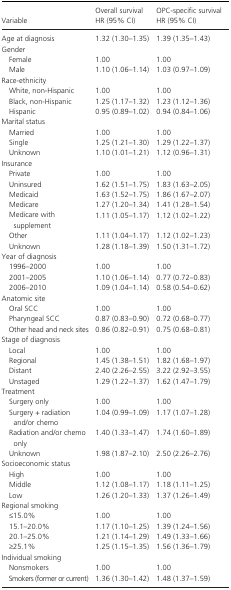
<table><thead><tr><td><b>Variable</b></td><td><b>Overall survivalHR (95% CI)</b></td><td><b>OPC-specific survivalHR (95% CI)</b></td></tr></thead><tbody><tr><td>Age at diagnosis</td><td>1.32 (1.30–1.35)</td><td>1.39 (1.35–1.43)</td></tr><tr><td colspan="3">Gender</td></tr><tr><td> Female</td><td>1.00</td><td>1.00</td></tr><tr><td> Male</td><td>1.10 (1.06–1.14)</td><td>1.03 (0.97–1.09)</td></tr><tr><td colspan="3">Race-ethnicity</td></tr><tr><td> White, non-Hispanic</td><td>1.00</td><td>1.00</td></tr><tr><td> Black, non-Hispanic</td><td>1.25 (1.17–1.32)</td><td>1.23 (1.12–1.36)</td></tr><tr><td> Hispanic</td><td>0.95 (0.89–1.02)</td><td>0.94 (0.84–1.06)</td></tr><tr><td colspan="3">Marital status</td></tr><tr><td> Married</td><td>1.00</td><td>1.00</td></tr><tr><td> Single</td><td>1.25 (1.21–1.30)</td><td>1.29 (1.22–1.37)</td></tr><tr><td> Unknown</td><td>1.10 (1.01–1.21)</td><td>1.12 (0.96–1.31)</td></tr><tr><td colspan="3">Insurance</td></tr><tr><td> Private</td><td>1.00</td><td>1.00</td></tr><tr><td> Uninsured</td><td>1.62 (1.51–1.75)</td><td>1.83 (1.63–2.05)</td></tr><tr><td> Medicaid</td><td>1.63 (1.52–1.75)</td><td>1.86 (1.67–2.07)</td></tr><tr><td> Medicare</td><td>1.27 (1.20–1.34)</td><td>1.41 (1.28–1.54)</td></tr><tr><td> Medicare with supplement</td><td>1.11 (1.05–1.17)</td><td>1.12 (1.02–1.22)</td></tr><tr><td> Other</td><td>1.11 (1.04–1.17)</td><td>1.12 (1.02–1.23)</td></tr><tr><td> Unknown</td><td>1.28 (1.18–1.39)</td><td>1.50 (1.31–1.72)</td></tr><tr><td colspan="3">Year of diagnosis</td></tr><tr><td> 1996–2000</td><td>1.00</td><td>1.00</td></tr><tr><td> 2001–2005</td><td>1.10 (1.06–1.14)</td><td>0.77 (0.72–0.83)</td></tr><tr><td> 2006–2010</td><td>1.09 (1.04–1.14)</td><td>0.58 (0.54–0.62)</td></tr><tr><td colspan="3">Anatomic site</td></tr><tr><td> Oral SCC</td><td>1.00</td><td>1.00</td></tr><tr><td> Pharyngeal SCC</td><td>0.87 (0.83–0.90)</td><td>0.72 (0.68–0.77)</td></tr><tr><td> Other head and neck sites</td><td>0.86 (0.82–0.91)</td><td>0.75 (0.68–0.81)</td></tr><tr><td colspan="3">Stage of diagnosis</td></tr><tr><td> Local</td><td>1.00</td><td>1.00</td></tr><tr><td> Regional</td><td>1.45 (1.38–1.51)</td><td>1.82 (1.68–1.97)</td></tr><tr><td> Distant</td><td>2.40 (2.26–2.55)</td><td>3.22 (2.92–3.55)</td></tr><tr><td> Unstaged</td><td>1.29 (1.22–1.37)</td><td>1.62 (1.47–1.79)</td></tr><tr><td colspan="3">Treatment</td></tr><tr><td> Surgery only</td><td>1.00</td><td>1.00</td></tr><tr><td> Surgery + radiation and/or chemo</td><td>1.04 (0.99–1.09)</td><td>1.17 (1.07–1.28)</td></tr><tr><td> Radiation and/or chemo only</td><td>1.40 (1.33–1.47)</td><td>1.74 (1.60–1.89)</td></tr><tr><td> Unknown</td><td>1.98 (1.87–2.10)</td><td>2.50 (2.26–2.76)</td></tr><tr><td colspan="3">Socioeconomic status</td></tr><tr><td> High</td><td>1.00</td><td>1.00</td></tr><tr><td> Middle</td><td>1.12 (1.08–1.17)</td><td>1.18 (1.11–1.25)</td></tr><tr><td> Low</td><td>1.26 (1.20–1.33)</td><td>1.37 (1.26–1.49)</td></tr><tr><td colspan="3">Regional smoking</td></tr><tr><td> ≤15.0%</td><td>1.00</td><td>1.00</td></tr><tr><td> 15.1–20.0%</td><td>1.17 (1.10–1.25)</td><td>1.39 (1.24–1.56)</td></tr><tr><td> 20.1–25.0%</td><td>1.21 (1.14–1.29)</td><td>1.49 (1.33–1.66)</td></tr><tr><td> ≥25.1%</td><td>1.25 (1.15–1.35)</td><td>1.56 (1.36–1.79)</td></tr><tr><td colspan="3">Individual smoking</td></tr><tr><td> Nonsmokers</td><td>1.00</td><td>1.00</td></tr><tr><td> Smokers (former or current)</td><td>1.36 (1.30–1.42)</td><td>1.48 (1.37–1.59)</td></tr></tbody></table>